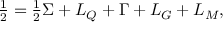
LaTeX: \textstyle \frac 1 2 = \frac 1 2 \Sigma + L _ { Q } + \Gamma + L _ { G } + L _ { M } ,